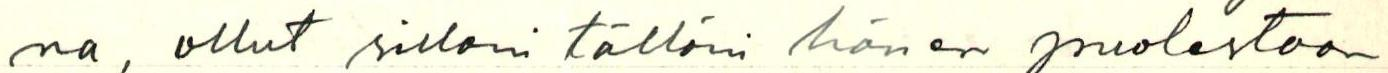
na, ollut silloin tällöin hänen puolestaan